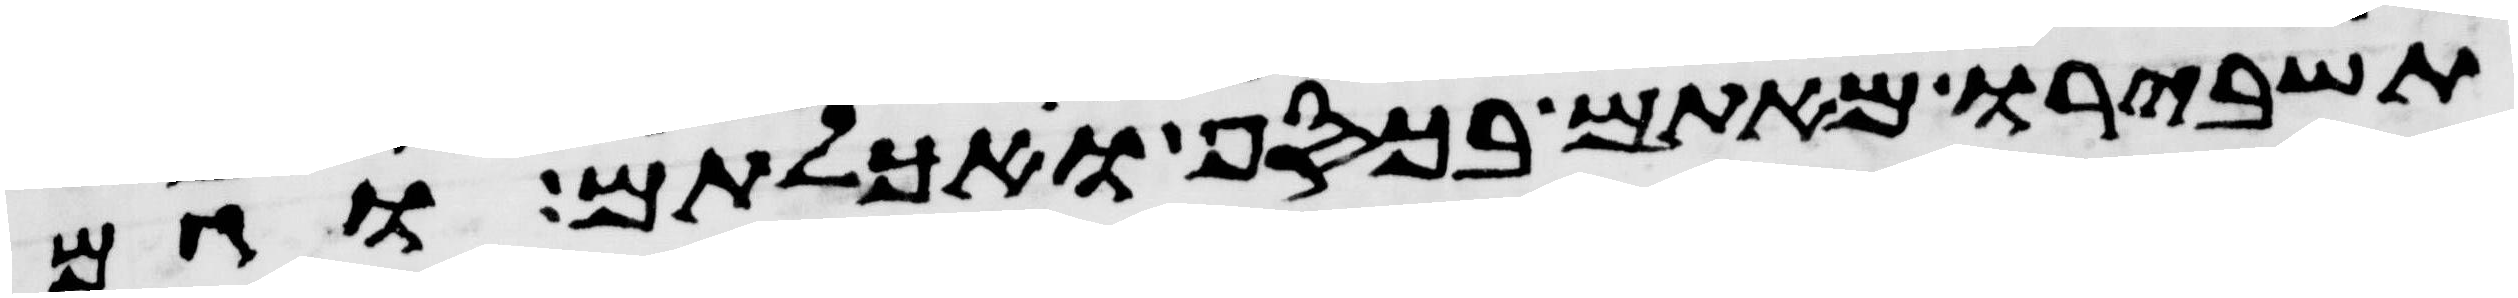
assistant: תשברו מאתם בכסף ואכלתם וגם